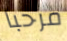
مرحبا